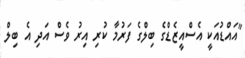
"އައްޑުއަކީ އެސްއީޒެޑްގެ ބިލްގެ ފަރުމާ ކުރި އިރު ވެސް އަދި އެ ބިލް